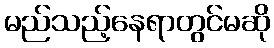
မည်သည့်နေရာတွင်မဆို